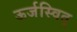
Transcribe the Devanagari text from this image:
ऊर्जस्वित्